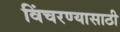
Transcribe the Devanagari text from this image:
विंचरण्यासाठी